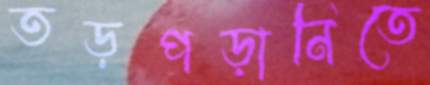
তড়পড়ানিতে